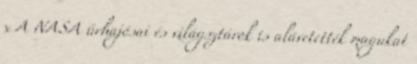
x A NASA űrhajósai és világsztárok is alávetették magukat